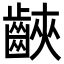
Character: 䶝